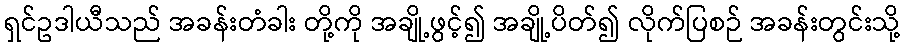
ရှင်ဥဒါယီသည် အခန်းတံခါး တို့ကို အချို့ဖွင့်၍ အချို့ပိတ်၍ လိုက်ပြစဉ် အခန်းတွင်းသို့